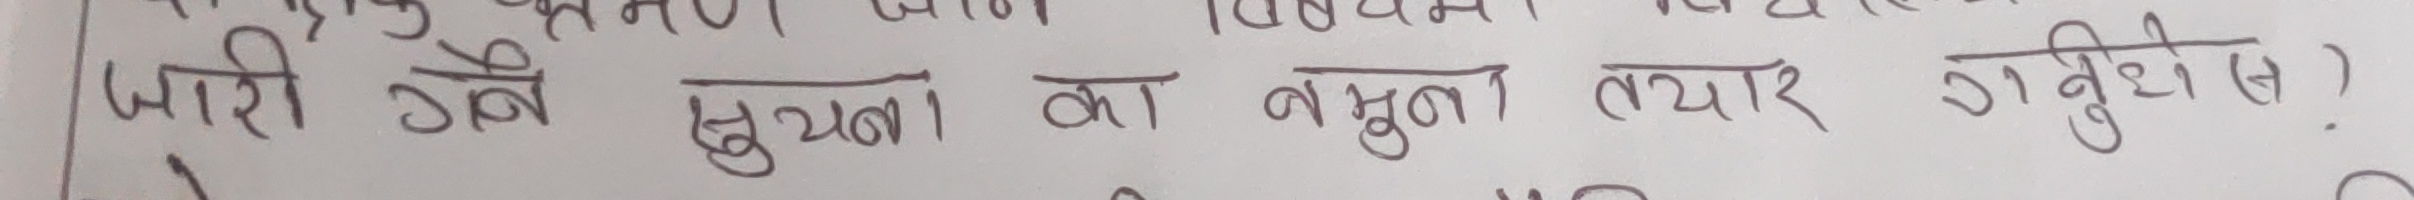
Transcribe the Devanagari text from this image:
जारी गर्न सुझाब का नमुना तयार गर्नुहोस ।